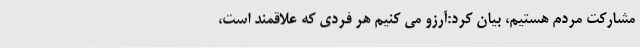
مشارکت مردم هستیم، بیان کرد:آرزو می کنیم هر فردی که علاقمند است،